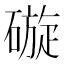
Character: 䃠